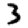
Digit: 3